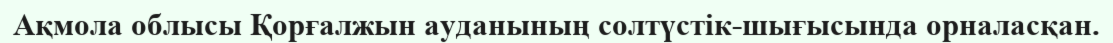
Ақмола облысы Қорғалжын ауданының солтүстік-шығысында орналасқан.